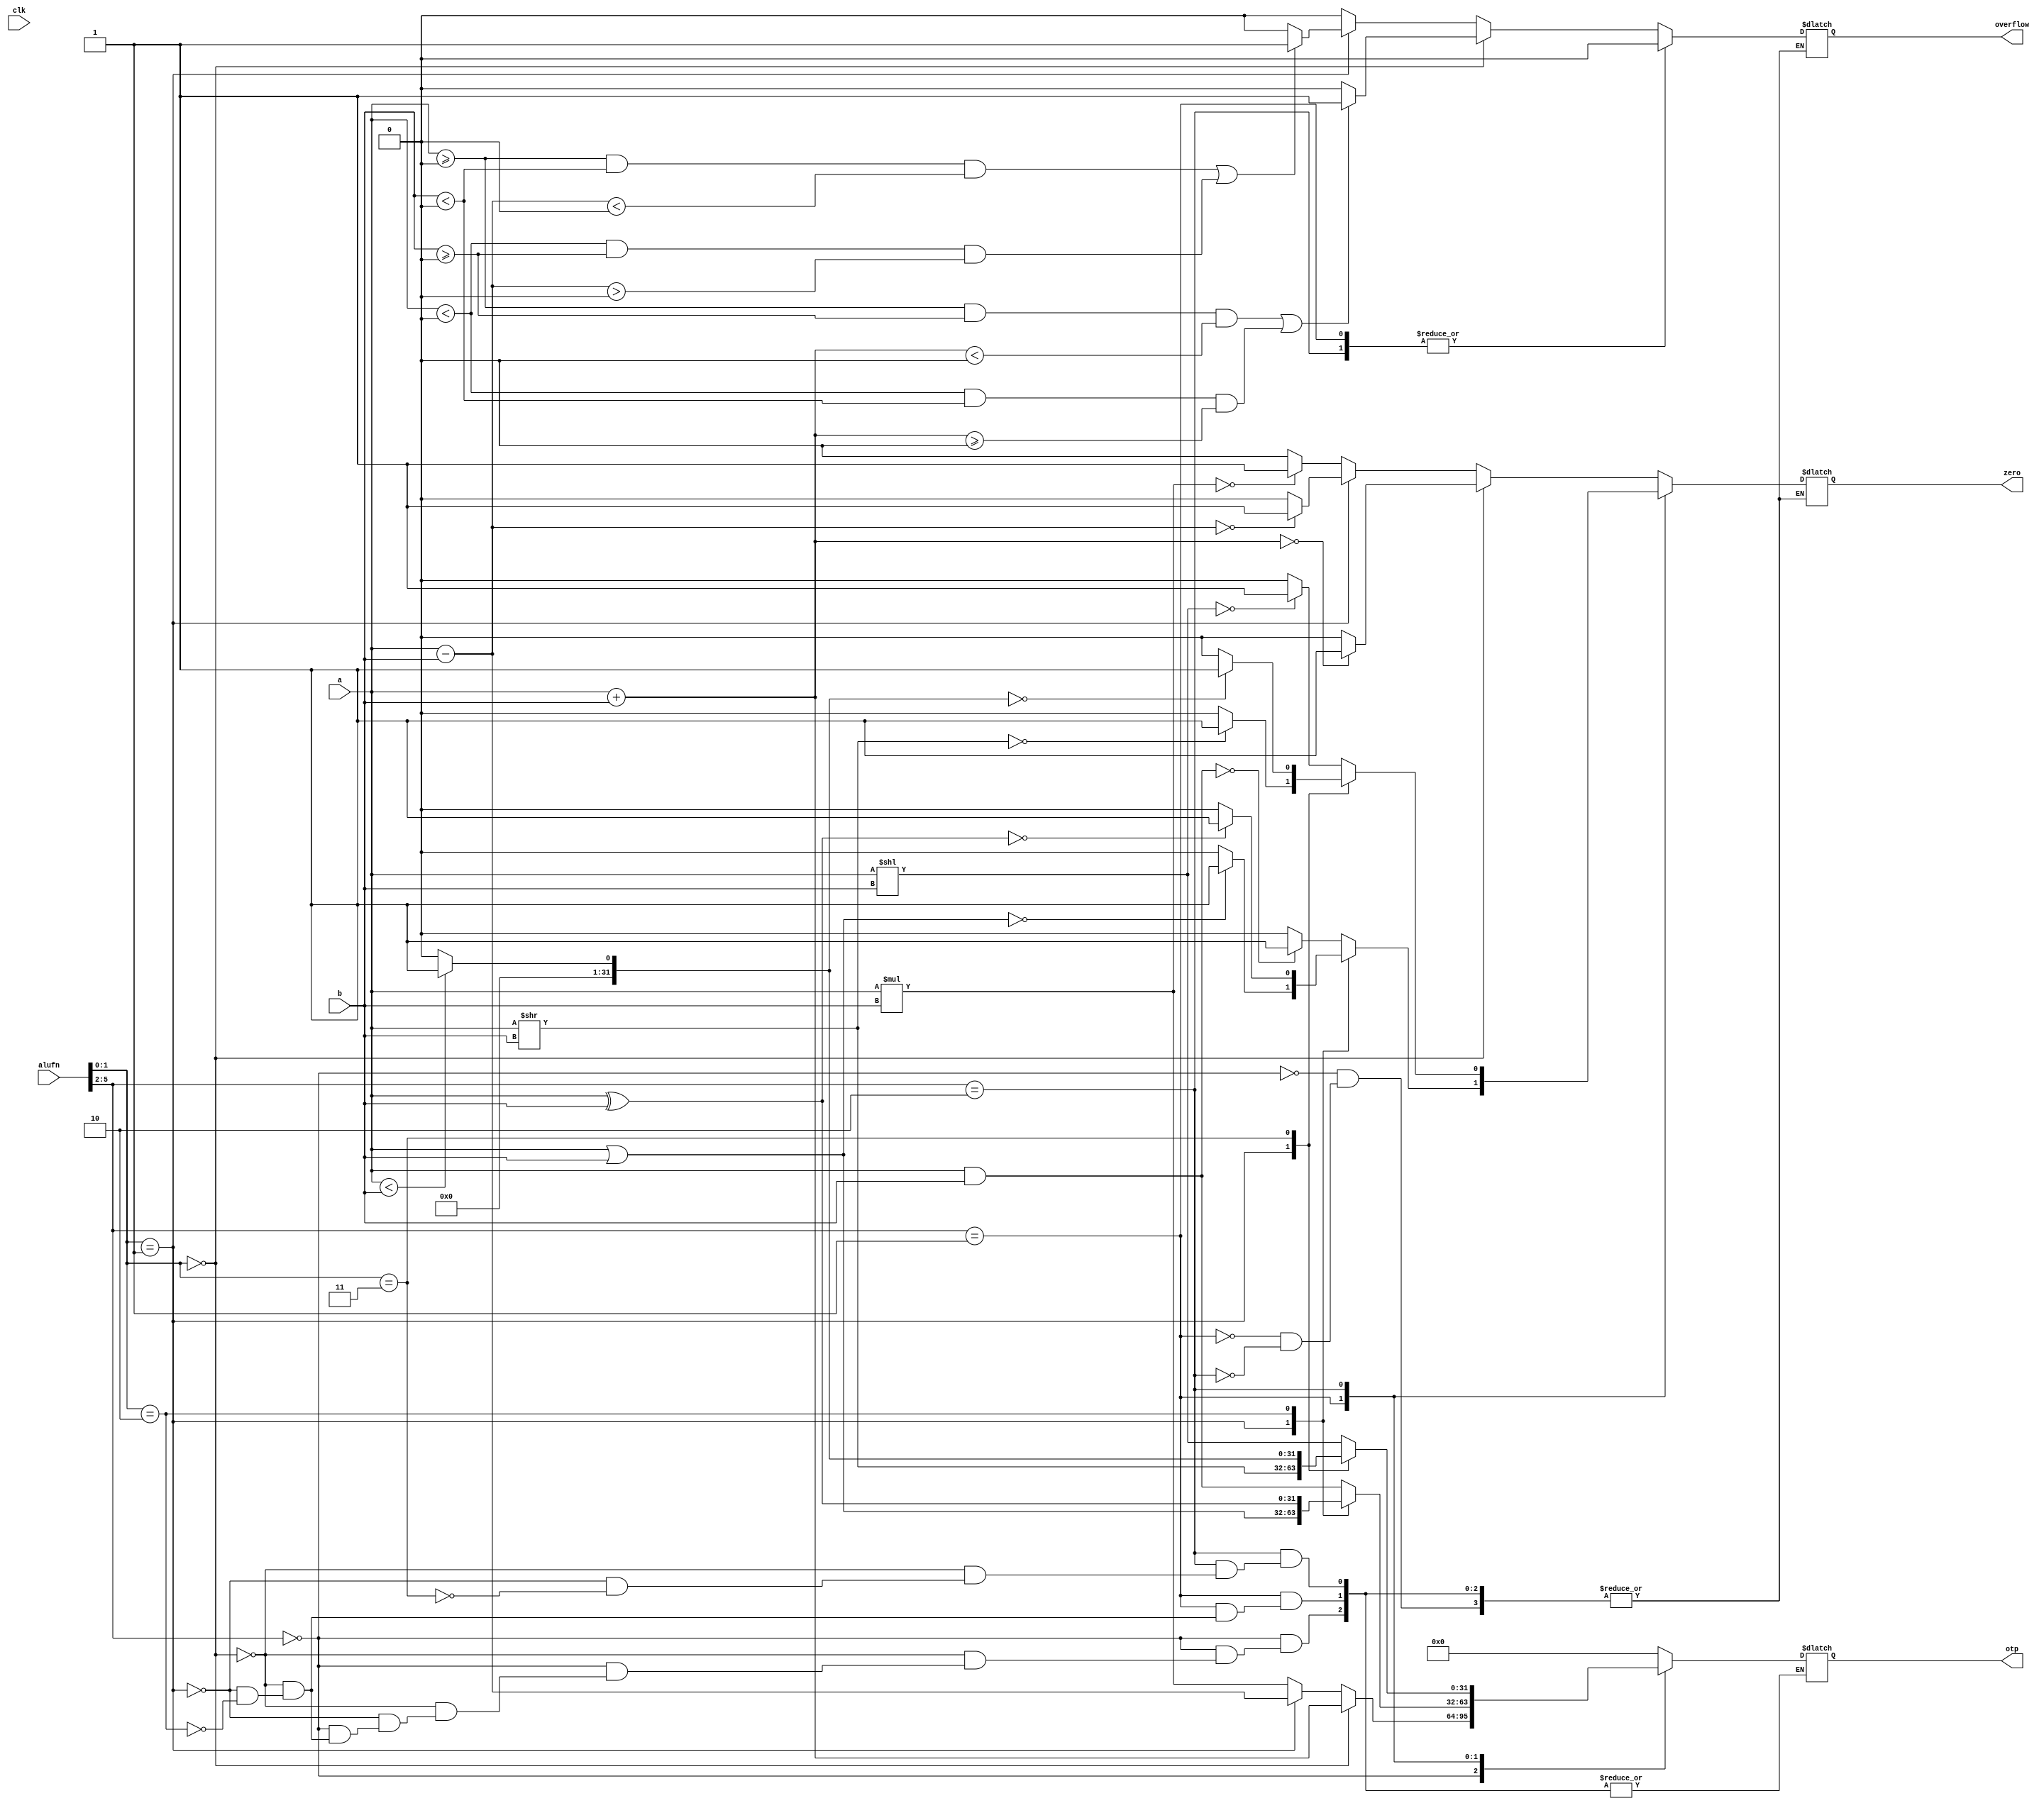
`timescale 1ns / 1ps
//////////////////////////////////////////////////////////////////////////////////
// Company: 
// Engineer: 
// 
// Design Name: 
// Module Name: alu
// Project Name: 
// Target Devices: 
// Tool Versions: 
// Description: 
// 
// Dependencies: 
// 
// Revision:
// Revision 0.01 - File Created
// Additional Comments:
// 
//////////////////////////////////////////////////////////////////////////////////


module alu(clk,a, b, alufn, otp, zero, overflow);
    input wire clk;
    input wire [31:0] a;
    input wire [31:0] b;
    input wire [5:0] alufn; // choosing 6 bit op code
    output reg [31:0] otp;
    output reg zero; // set if the output of the alu is 0
    output reg overflow;
    wire [31:0] tempAuRes;
    wire [31:0] tempLuRes;
    wire [31:0] tempSuRes;
    wire tempAuZero,tempAuOverflow;
    wire tempLuZero,tempLuOverflow;
    wire tempSuZero,tempSuOverflow;
    
    
    // ArithmeticUnit arith_inst_0(.a(a),.b(b),.alufn(alufn[1:0]),.otp(tempAuRes),.zero(tempAuZero),.overflow(tempAuOverflow));
    // LogicalUnit logic_inst_0(.a(a),.b(b),.alufn(alufn[1:0]),.otp(tempLuRes),.zero(tempLuZero),.overflow(tempLuOverflow));
    // ShiftUnit shift_inst_0(.a(a),.b(b),.alufn(alufn[1:0]),.otp(tempSuRes),.zero(tempSuZero),.overflow(tempSuOverflow));
    
    always @(a or b or alufn)
    begin
        // $display("a%h - b%h",a,b);
        // $display("tempAuRes- %h",tempAuRes);
        casex(alufn)
            6'b0000xx: begin
        if(alufn[1:0] == 2'b00)
            begin //ADD
                otp = a + b;
                zero = (otp==0)?1:0;
                if ((a >= 0 && b >= 0 && otp < 0) || (a < 0 && b < 0 && otp >= 0))
                    overflow = 1;
                else
                    overflow = 0;
                
            end
        else if(alufn[1:0] == 2'b01) //SUB
            begin
                otp = a-b;
                zero = (otp==0)?1:0;
                if ((a >= 0 && b < 0 && otp < 0) || (a < 0 && b >= 0 && otp > 0))
                    overflow = 1;
                else
                    overflow = 0;
            end
        else if (alufn[1:0] == 2'b10) //MUL
            begin
                otp = a*b;
                zero = (otp==0)?1:0;
                overflow = 0;
            end
    end
            6'b0001xx: begin
        case (alufn[1:0])
        2'b00: //AND
            begin
                otp = a & b;
                overflow = 0;
                zero = (otp==0)?1:0;
            end
        2'b01: //OR
            begin
                otp = a | b;
                overflow = 0;
                zero = (otp==0)?1:0;
            end
        2'b10:  //XOR
                begin
                    otp = a ^ b;
                    overflow = 0;
                    zero = (otp==0)?1:0;
                end
        endcase
    end
            6'b0010xx: begin
        case(alufn[1:0])
        2'b00: //SHIFTLEFT
            begin
                otp = a<<b;
                zero = (otp == 0)?1:0;
                overflow = 0;
            end
        2'b01: //shiftright
            begin
                otp = a>>b;
                zero = (otp == 0)?1:0;
                overflow = 0;
            end
        2'b11: //slt
            begin
                otp = (a<b)? 1:0;
                zero = (otp == 0)?1:0;
                overflow = 0;
            end
        endcase
    end
            default:
            begin 
                otp = {32{1'b0}};
            end
        endcase
        $display("a%h - b%h - otp %h alufn %b",a,b,otp,alufn);
    end

endmodule

module ArithmeticUnit(a,b,alufn,otp,zero,overflow);
    input wire [31:0] a;
    input wire [31:0] b;
    input wire [1:0] alufn; // choosing 6 bit op code
    output reg [31:0] otp;
    output reg zero; // set if the output of the alu is 0
    output reg overflow;
    
    always @(alufn or a or b)
    begin
        $display("a%h - b%h - otp %h alufn %b",a,b,otp,alufn);
        if(alufn == 2'b00)
            begin //ADD
                otp = a + b;
                zero = (otp==0)?1:0;
                if ((a >= 0 && b >= 0 && otp < 0) || (a < 0 && b < 0 && otp >= 0))
                    overflow = 1;
                else
                    overflow = 0;
                $display("a%h - b%h - otp %h",a,b,otp);
            end
        else if(alufn == 2'b01) //SUB
            begin
                otp = a-b;
                zero = (otp==0)?1:0;
                if ((a >= 0 && b < 0 && otp < 0) || (a < 0 && b >= 0 && otp > 0))
                    overflow = 1;
                else
                    overflow = 0;
            end
        else if (alufn == 2'b10) //MUL
            begin
                otp = a*b;
                zero = (otp==0)?1:0;
                overflow = 0;
            end
    end
endmodule

module LogicalUnit(a,b,otp,alufn,zero,overflow);
    input wire [31:0] a;
    input wire [31:0] b;
    input wire [1:0] alufn;
    output reg zero;
    output reg overflow;
    output reg [31:0] otp;
    
    always @(a,b,alufn)
    begin
        case (alufn)
        2'b00: //AND
            begin
                otp = a & b;
                overflow = 0;
                zero = (otp==0)?1:0;
            end
        2'b01: //OR
            begin
                otp = a | b;
                overflow = 0;
                zero = (otp==0)?1:0;
            end
        2'b10:  //XOR
                begin
                    otp = a ^ b;
                    overflow = 0;
                    zero = (otp==0)?1:0;
                end
        endcase
    end
endmodule

module ShiftUnit(a,b,otp,alufn,zero,overflow);
    input wire [31:0] a;
    input wire [31:0] b;
    input wire [1:0] alufn;
    output reg zero;
    output reg overflow;
    output reg [31:0] otp;
    
    always @(a,b,alufn)
    begin
        case(alufn)
        2'b00: //SHIFTLEFT
            begin
                otp = a<<b;
                zero = (otp == 0)?1:0;
                overflow = 0;
            end
        2'b01: //shiftright
            begin
                otp = a>>b;
                zero = (otp == 0)?1:0;
                overflow = 0;
            end
        2'b11: //slt
            begin
                otp = (a<b)? 1:0;
                zero = (otp == 0)?1:0;
                overflow = 0;
            end
        endcase
    end
endmodule